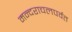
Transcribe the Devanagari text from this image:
मन्दराचलपर्वत